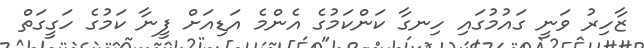
ޒާހިރު ވަނީ ގައުމުގައި ހިނގާ ކަންކަމުގެ އެންމެ އަޑިއަށް ފީނާ ކަމުގެ ހަގީގަތް